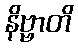
နိဗ္ဗာတိ